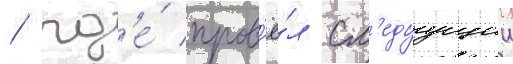
/ гд'е́ пров'ё́л сл'едуущии